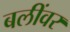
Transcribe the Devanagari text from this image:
बलींवर